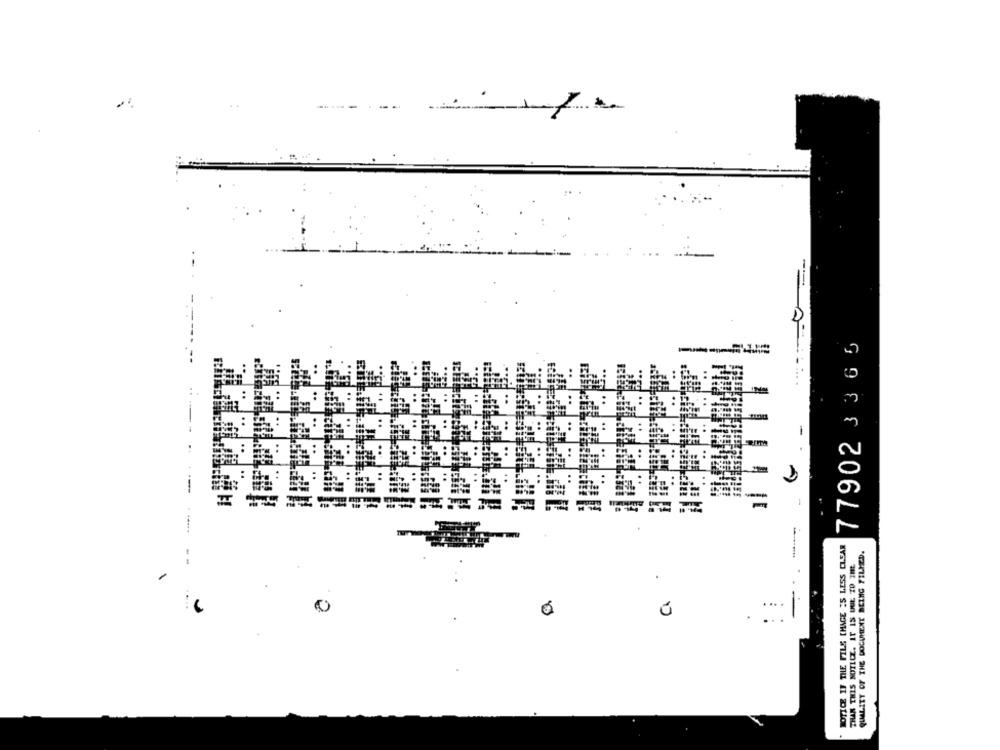
779023365
.--
Ri
---
-
4 ****
NOTICE IF THE FILE [HAGE "S LESS CLEAR
QUALITY OF THE DOCUMENT BEING FILMED.
THAN THIS NOTICE. IT IS DUE TO THE
--
....